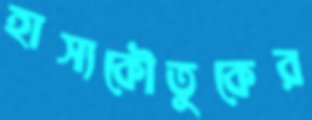
হাস্যকৌতুকের